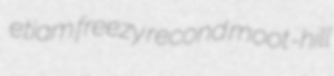
etiam freezy recond moot-hill